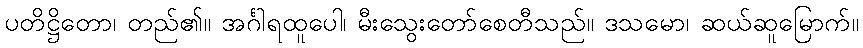
ပတိဋ္ဌိတော၊ တည်၏။ အင်္ဂါရထူပေါ၊ မီးသွေးတော်စေတီသည်။ ဒသမော၊ ဆယ်ဆူမြောက်။